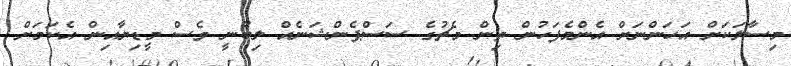
މިސާލަކަށް އަހަންނަށް އެންމެފަހުން ތިން މެޗުގެ ސަސްޕެންޝަނެއް ލިބުނީ ވެސް މީޑިޔާއިން އެކަމަށް